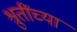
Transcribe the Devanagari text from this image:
श्रुतींच्या